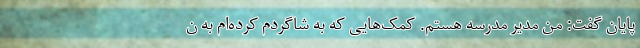
پایان گفت: من مدیر مدرسه هستم. کمک‌هایی که به شاگردم کرده‌ام به ن